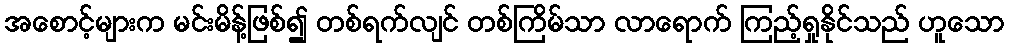
အစောင့်များက မင်းမိန့်ဖြစ်၍ တစ်ရက်လျင် တစ်ကြိမ်သာ လာရောက် ကြည့်ရှုနိုင်သည် ဟူသော